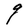
Character: q